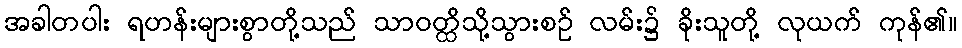
အခါတပါး ရဟန်းများစွာတို့သည် သာဝတ္ထိသို့သွားစဉ် လမ်း၌ ခိုးသူတို့ လုယက် ကုန်၏။